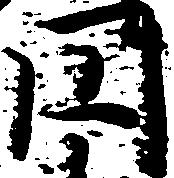
円